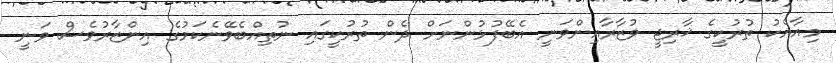
މިއާއެކު ތުރުކީގެ ޚާރިޖީ ވުޒާރާއިންވަނީ އެބޭފުޅުންނަށް ދެން ތުރުކީގައި ނުތިއްބެވޭނެކަމުގެ އިންޒާރުވެސް ވަނީ